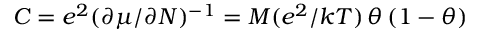
C = e ^ { 2 } ( \partial \mu / \partial N ) ^ { - 1 } = M ( e ^ { 2 } / k T ) \, \theta \, ( 1 - \theta )